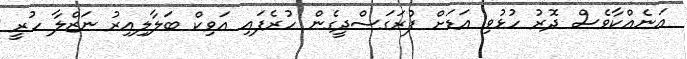
އަނެއްކާވެސް ދޮރު ހުޅުވި އަޑަށް ފުރަގަސްދީގެން ހުރެފައި އަވިކް ބަލާލިއިރު ނަޒްލާ ހުރީ